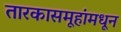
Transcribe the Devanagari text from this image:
तारकासमूहांमधून